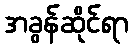
အခွန်ဆိုင်ရာ